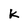
Character: k